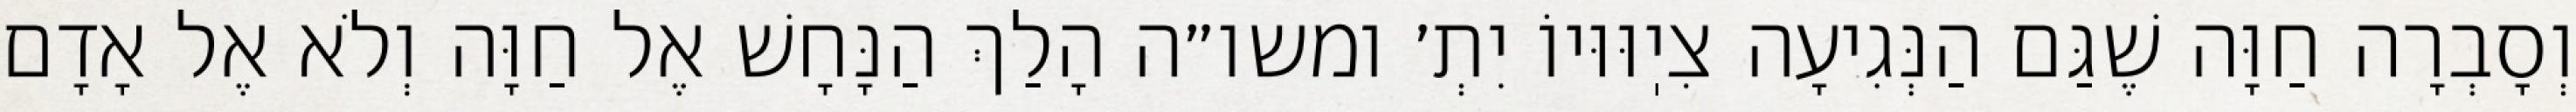
וְסָבְרָה חַוָּה שֶׁגַּם הַנְּגִיעָה צִיֽוּוּיוֹ יִתְ׳ ומשו״ה הָלַךְ הַנָּחָשׁ אֶל חַוָּה וְלֹא אֶל אָדָם